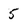
Character: 5